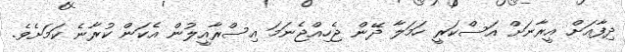
ދިފާއަށް އީރާނަށް އަސްކަރީ ހަމަލާ ދޭން ޖެހިއްޖެނަމަ އިސްރާއީލުން އެކަން ކުރާނެ ކަމަށެވެ.